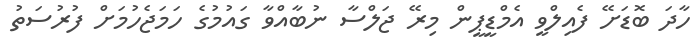
ހާދަ ބޮޑަށޭ ފެއިލްވީ އެމްޑީޕީން މިރޭ ޖަލްސާ ނުބާއްވާ ގައުމުގެ ހަމަޖެހުމަށް ފުރުސަތު